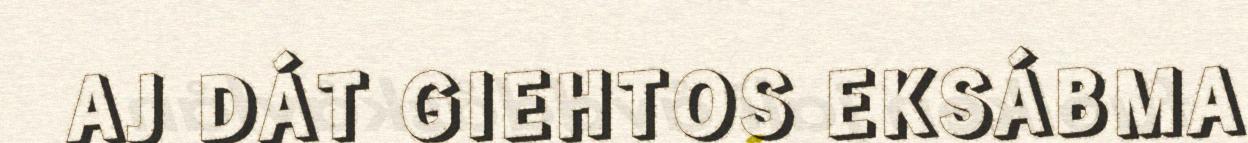
AJ DÁT GIEHTOS EKSÁBMA